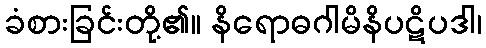
ခံစားခြင်းတို့၏။ နိရောဓဂါမိနိပဋိပဒါ၊